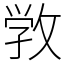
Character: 敩